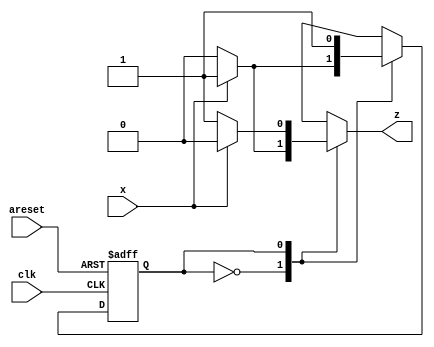
module top_module (
    input clk,
    input areset,
    input x,
    output z
); 
    parameter A = 0, B = 1;
    reg pstate, nstate;
    always @(*)
 		begin
            case(pstate)
                A: if(x)
                    begin
                        nstate = B;
                        z = 1;
                    end
                else
                    begin
                        nstate = A;
                        z = 0;
                    end
                B:if(x)
                    begin
                        nstate = B;
                        z = 0;
                    end
                else
                    begin
                        nstate = B;
                        z = 1;
                    end
            endcase
        end
    
    always @(posedge clk,posedge areset)
        begin
        if(areset)
            pstate<=A;
    else
        pstate<=nstate;
        end

endmodule